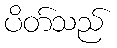
ပိတ်သည်